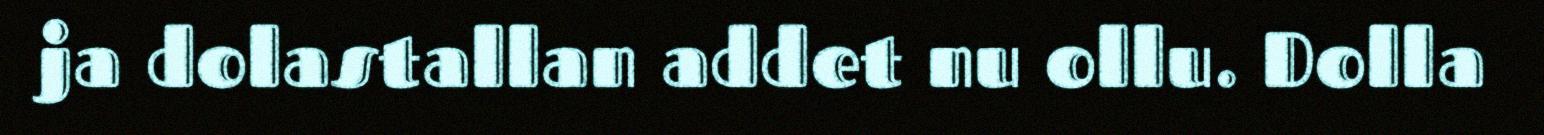
ja dolastallan addet nu ollu. Dolla